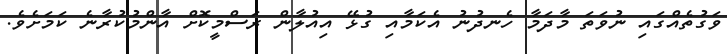
ވަގުތެއްގައި ނުވަތަ މާދަމާ ހެނދުނު އެކަމާއި ގުޅޭ އިއުލާން ރަސްމީކޮށް އާންމުކުރާނެ ކަަމަށެވެ.